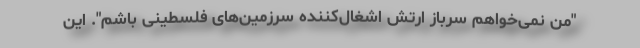
"من نمی‌خواهم سرباز ارتش اشغال‌کننده سرزمین‌های فلسطینی باشم". این